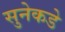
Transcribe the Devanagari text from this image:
सुनेकडे